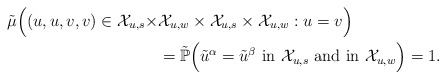
\begin{align*}\tilde{\mu}\Bigl((u,u,v,v) \in \mathcal{X}_{u,s} \times &\mathcal{X}_{u,w}\times \mathcal{X}_{u,s} \times \mathcal{X}_{u,w}:u=v\Bigr) \\ &=\tilde{\mathbb{P}}\Big(\tilde{u}^\alpha =\tilde{u}^\beta \mbox{ in }\mathcal{X}_{u,s} \mbox{ and in }\mathcal{X}_{u,w} \Big)=1.\end{align*}